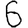
Digit: 6